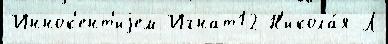
Иннок'ент'иjем Игнат12 Н'икола́я Л